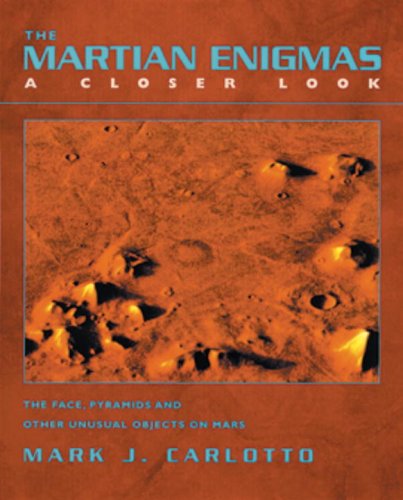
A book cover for The Martian Enigmas: A Closer Look: The Face, Pyramids, and Other Unusual Objects on Mars Second Edition; Mark Carlotto; Science & Math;